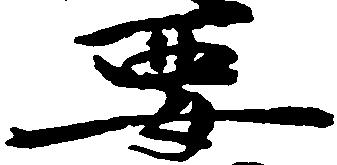
要